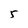
Character: 5